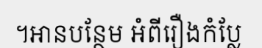
។អានបន្ថែម អំពីរឿងកំប្លែ